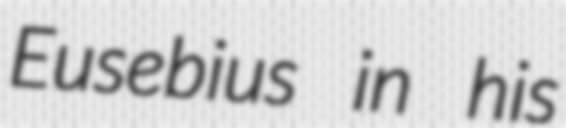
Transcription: Eusebius in his